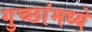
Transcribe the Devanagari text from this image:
गुच्छांमध्ये